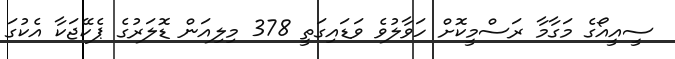
ސީއީއޯގެ މަގާމާ ރަސްމީކޮށް ހަވާލުވެ ވަޑައިގަތީ 378 މިލިއަން ޑޮލަރުގެ ޕެކޭޖަކާ އެކުގަ